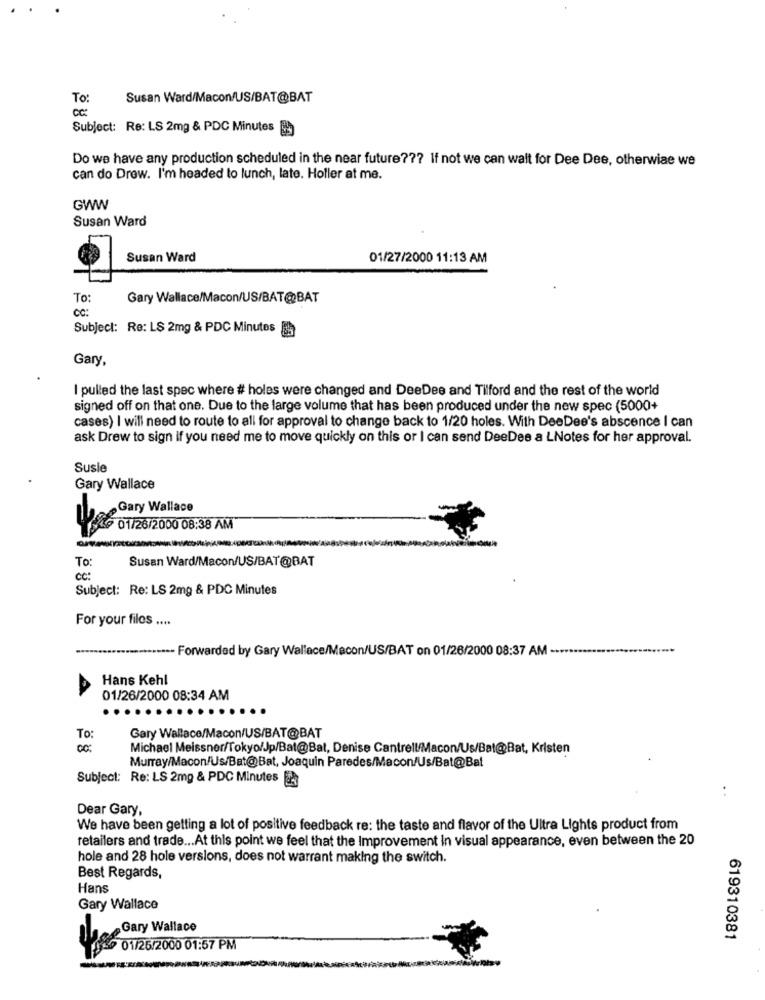
To:
Susan Ward/Macon/US/BAT@BAT
cc:
Subject: Re: LS 2mg & PDC Minutes
Do we have any production scheduled in the near future ??? If not we can wait for Dee Dee, otherwise we
can do Drew. I'm headed to lunch, late. Holler at me.
GWW
Susan Ward
Susan Ward
01/27/2000 11:13 AM
To:
Gary Wallace/Macon/US/BAT@BAT
CC:
Subject: Re: L$ 2mg & PDC Minutes
Gary
I pulled the last spec where # holes were changed and DeeDee and Tilford and the rest of the world
signed off on that one. Due to the large volume that has been produced under the new spec (5000+
cases) I will need to route to all for approval to change back to 1/20 holes. With DeeDee's abscence I can
ask Drew to sign if you need me to move quickly on this or I can send DeeDee a LNotes for her approval.
Susie
Gary Wallace
Gary Wallace
1 246 01/26/2000 08:38 AM
To:
Susan Ward/Macon/US/BAT@BAT
CC:
Subject: Re: LS 2mg & PDC Minutes
For your files ....
----- Forwarded by Gary Wallace/Macon/US/BAT on 01/26/2000 08:37 AM -.
Hans Kehl
01/26/2000 08:34 AM
To:
Gary Wallace/Macon/US/BAT@BAT
Michael Meissner/Tokyo/Jp/Bat@Bal, Denise Cantrell/Macon/Us/Bat@Bat, Kristen
Murray/Macon/Us/Bat@Bat, Joaquin Paredes/Macon/Us/Bat@Bat
Subject: Re: LS 2mg & PDC Minutes
Dear Gary,
We have been getting a lot of positive feedback re: the taste and flavor of the Ultra Lights product from
retailers and trade ... At this point we feel that the Improvement in visual appearance, even between the 20
hole and 28 hole versions, does not warrant making the switch.
Best Regards,
Hans
Gary Wallace
Gary Wallace
619310381
LEfs6 01/26/2000 01:57 PM